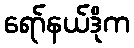
ရော်နယ်ဒိုက